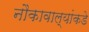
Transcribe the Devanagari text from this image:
नौकावाल्यांकडे